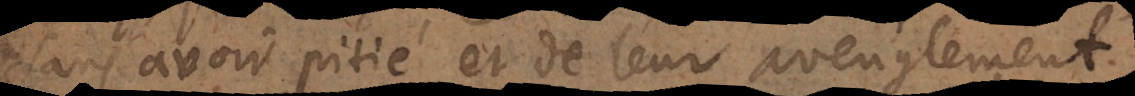
sans avoir pitié et de leur aveuglement